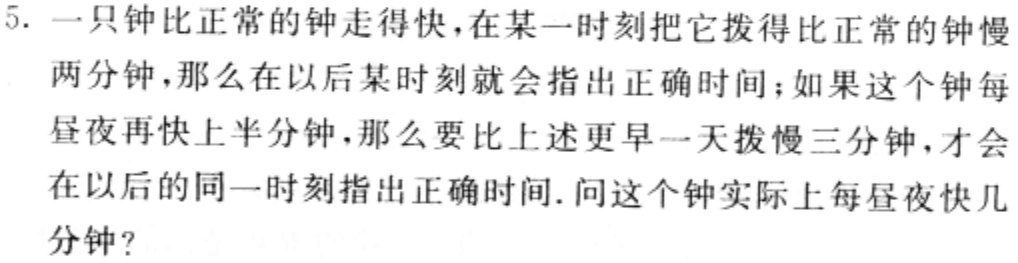
5. 一只钟比正常的钟走得快，在某一时刻把它拨得比正常的钟慢两分钟，那么在以后某时刻就会指出正确时间；如果这个钟每昼夜再快上半分钟，那么要比上述更早一天拨慢三分钟，才会在以后的同一时刻指出正确时间. 问这个钟实际上每昼夜快几分钟？